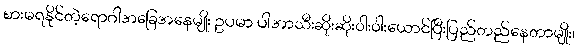
စားမရနိုင်တဲ့ရောဂါအခြေအနေမျိုး ဥပမာ ပါအာသီးဆိုးဆိုး၀ါး၀ါးယောင်ပြီးပြည်တည်နေတာမျိုး၊